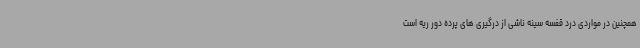
همچنین در مواردی درد قفسه سینه ناشی از درگیری های پرده دور ریه است